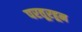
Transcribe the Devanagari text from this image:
परतूरहून